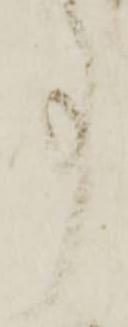
事